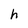
Character: h